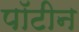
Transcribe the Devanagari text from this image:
पॉटीन